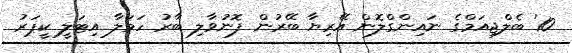
10' ބެލްޖިއަމްގެ ނައިންގްލޮން އޭރިޔާ ބޭރުން ފޮނުވާލި ބާރު ހަމަލާ އިޓަލީ ކީޕަރު